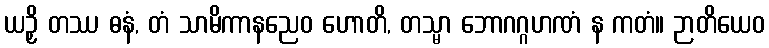
ယဉှိ တဿ ဓနံ, တံ သာမိကာနညေဝ ဟောတိ, တသ္မာ ဘောဂဂ္ဂဟဏံ န ကတံ။ ဉာတိယေဝ